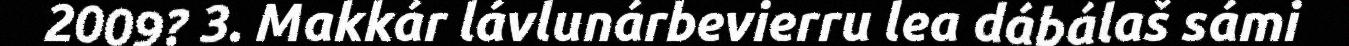
2009? 3. Makkár lávlunárbevierru lea dábálaš sámi